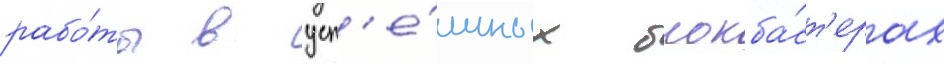
рабо́ты в усп'е́шных блокба́ст'ерах